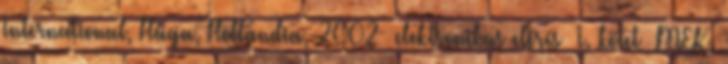
International, Hága, Hollandia, 2002 →elektronikus elérésː I. kötetː MEK,